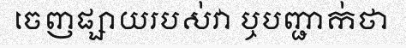
ចេញផ្សាយរបស់វា ឬបញ្ជាក់ថា